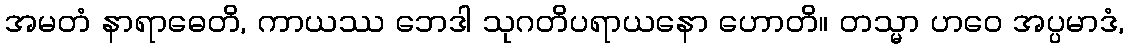
အမတံ နာရာဓေတိ, ကာယဿ ဘေဒါ သုဂတိပရာယနော ဟောတိ။ တသ္မာ ဟဝေ အပ္ပမာဒံ,